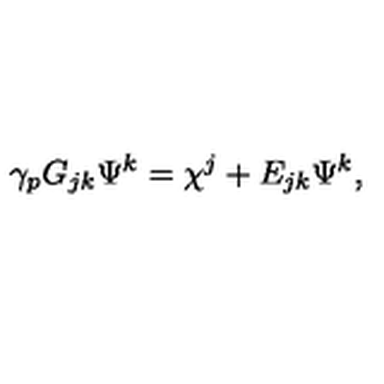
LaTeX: \gamma _ { p } G _ { j k } \Psi ^ { k } = \chi ^ { j } + E _ { j k } \Psi ^ { k } ,